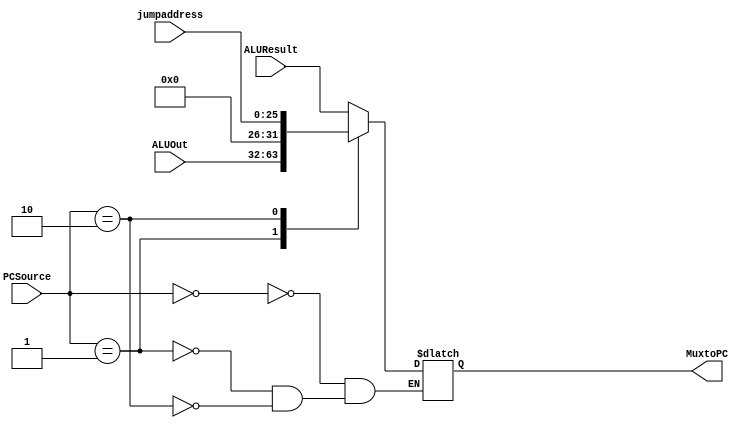
`timescale 1ns / 1ps
//////////////////////////////////////////////////////////////////////////////////
// Company: 
// Engineer: 
// 
// Design Name: 
// Module Name:    mux3 
// Project Name: 
// Target Devices: 
// Tool versions: 
// Description: 
//
// Dependencies: 
//
// Revision: 
// Revision 0.01 - File Created
// Additional Comments: 
//
//////////////////////////////////////////////////////////////////////////////////
module mux3(MuxtoPC, ALUResult, ALUOut, jumpaddress,PCSource);
input[31:0] ALUResult, ALUOut;
input [25:0] jumpaddress;
input [1:0] PCSource;
output reg [31:0] MuxtoPC;

always @ (ALUResult, ALUOut, jumpaddress)
begin
case (PCSource)
	0: MuxtoPC <= ALUResult;//[15:0];
	1: MuxtoPC <= ALUOut;//[15:0];
	2: MuxtoPC <= {6'b0,jumpaddress};
endcase
end

endmodule